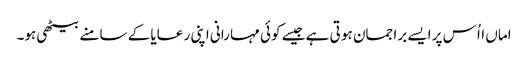
اماں ااُس پر ایسے برا جمان ہو تی ہے جیسے کوئی مہا رانی اپنی ر عایا کے سامنے بیٹھی ہو۔